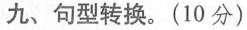
九、句型转换.(10 分)